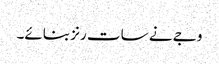
وجے نے سات رنز بنائے۔